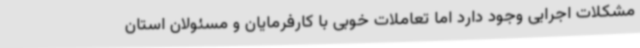
مشکلات اجرایی وجود دارد اما تعاملات خوبی با کارفرمایان و مسئولان استان